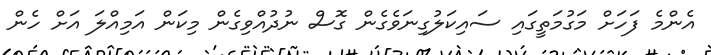
އެންމެ ފަހަށް މަގުމަތީގައި ސައިކަލުގިނަވެގެން ގޮސް ނުދުއްވިގެން މިކަން އަމިއްލަ އަށް ހެން